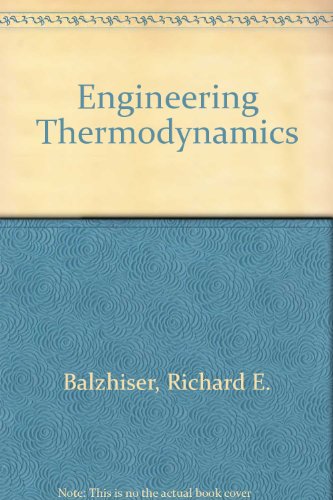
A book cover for Engineering Thermodynamics; Richard E. Balzhiser; Science & Math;